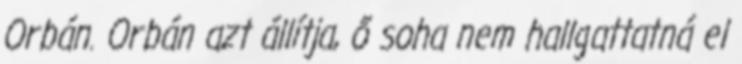
Orbán. Orbán azt állítja, ő soha nem hallgattatná el